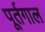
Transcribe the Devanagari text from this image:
पूर्तगाल